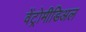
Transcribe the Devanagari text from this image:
वेंट्रोमीडिअल